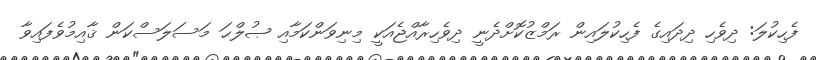
ފެހިކުލަ: ދިވެހި ދިދައިގެ ފެހިކުލައިން ރަމްޒުކޮށްދެނީ ދިވެހިރާއްޖެއަކީ މިނިވަންކަމާއި ޞުލްޙަ މަސަލަސްކަން ޤާއިމުވެފައިވާ